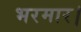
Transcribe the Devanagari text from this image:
भरमार।